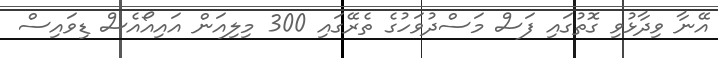
އޭނާ ވިދާޅުވި ގޮތުގައި ފަސް މަސްދުވަހުގެ ތެރޭގައި 300 މިލިއަން އައިއޯއެސް ޑިވައިސް